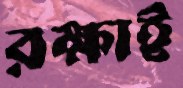
রক্ষাই